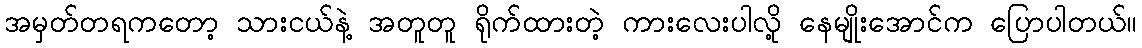
အမှတ်တရကတော့ သားငယ်နဲ့ အတူတူ ရိုက်ထားတဲ့ ကားလေးပါလို့ နေမျိုးအောင်က ပြောပါတယ်။